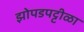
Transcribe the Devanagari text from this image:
झोपडपट्टीळा